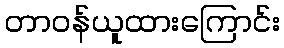
တာဝန်ယူထားကြောင်း